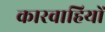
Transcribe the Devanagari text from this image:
कारवाहियों